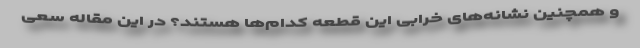
و همچنین نشانه‌های خرابی این قطعه کدام‌ها هستند؟ در این مقاله سعی